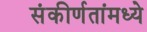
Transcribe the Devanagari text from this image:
संकीर्णतांमध्ये